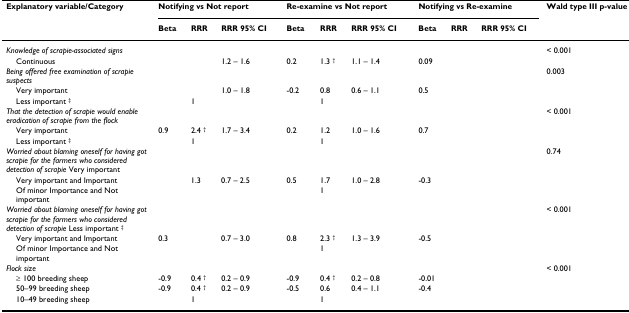
<table><thead><tr><td><b>Explanatory variable/Category</b></td><td colspan="3"><b>Notifying vs Not report</b></td><td colspan="3"><b>Re-examine vs Not report</b></td><td colspan="3"><b>Notifying vs Re-examine</b></td><td><b>Wald type III p-value</b></td></tr><tr><td>[EMPTY_CELL]</td><td><b>Beta</b></td><td><b>RRR</b></td><td><b>RRR 95% CI</b></td><td><b>Beta</b></td><td><b>RRR</b></td><td><b>RRR 95% CI</b></td><td><b>Beta</b></td><td><b>RRR</b></td><td><b>RRR 95% CI</b></td><td>[EMPTY_CELL]</td></tr></thead><tbody><tr><td><i>Knowledge of scrapie-associated signs</i></td><td>[EMPTY_CELL]</td><td>[EMPTY_CELL]</td><td>[EMPTY_CELL]</td><td>[EMPTY_CELL]</td><td>[EMPTY_CELL]</td><td>[EMPTY_CELL]</td><td>[EMPTY_CELL]</td><td>[EMPTY_CELL]</td><td>[EMPTY_CELL]</td><td>&lt; 0.001</td></tr><tr><td> Continuous</td><td>[EMPTY_CELL]</td><td>[EMPTY_CELL]</td><td>1.2 – 1.6</td><td>0.2</td><td>1.3 <sup>†</sup></td><td>1.1 – 1.4</td><td>0.09</td><td>[EMPTY_CELL]</td><td>[EMPTY_CELL]</td><td>[EMPTY_CELL]</td></tr><tr><td><i>Being offered free examination of scrapie suspects</i></td><td>[EMPTY_CELL]</td><td>[EMPTY_CELL]</td><td>[EMPTY_CELL]</td><td>[EMPTY_CELL]</td><td>[EMPTY_CELL]</td><td>[EMPTY_CELL]</td><td>[EMPTY_CELL]</td><td>[EMPTY_CELL]</td><td>[EMPTY_CELL]</td><td>0.003</td></tr><tr><td> Very important</td><td>[EMPTY_CELL]</td><td>[EMPTY_CELL]</td><td>1.0 – 1.8</td><td>-0.2</td><td>0.8</td><td>0.6 – 1.1</td><td>0.5</td><td>[EMPTY_CELL]</td><td>[EMPTY_CELL]</td><td>[EMPTY_CELL]</td></tr><tr><td> Less important <sup>‡</sup></td><td>[EMPTY_CELL]</td><td>1</td><td>[EMPTY_CELL]</td><td>[EMPTY_CELL]</td><td>1</td><td>[EMPTY_CELL]</td><td>[EMPTY_CELL]</td><td>[EMPTY_CELL]</td><td>[EMPTY_CELL]</td><td>[EMPTY_CELL]</td></tr><tr><td><i>That the detection of scrapie would enable eradication of scrapie from the flock</i></td><td>[EMPTY_CELL]</td><td>[EMPTY_CELL]</td><td>[EMPTY_CELL]</td><td>[EMPTY_CELL]</td><td>[EMPTY_CELL]</td><td>[EMPTY_CELL]</td><td>[EMPTY_CELL]</td><td>[EMPTY_CELL]</td><td>[EMPTY_CELL]</td><td>&lt; 0.001</td></tr><tr><td> Very important</td><td>0.9</td><td>2.4 <sup>†</sup></td><td>1.7 – 3.4</td><td>0.2</td><td>1.2</td><td>1.0 – 1.6</td><td>0.7</td><td>[EMPTY_CELL]</td><td>[EMPTY_CELL]</td><td>[EMPTY_CELL]</td></tr><tr><td> Less important <sup>‡</sup></td><td>[EMPTY_CELL]</td><td>1</td><td>[EMPTY_CELL]</td><td>[EMPTY_CELL]</td><td>1</td><td>[EMPTY_CELL]</td><td>[EMPTY_CELL]</td><td>[EMPTY_CELL]</td><td>[EMPTY_CELL]</td><td>[EMPTY_CELL]</td></tr><tr><td><i>Worried about blaming oneself for having got scrapie for the farmers who considered detection of scrapie </i>Very important</td><td>[EMPTY_CELL]</td><td>[EMPTY_CELL]</td><td>[EMPTY_CELL]</td><td>[EMPTY_CELL]</td><td>[EMPTY_CELL]</td><td>[EMPTY_CELL]</td><td>[EMPTY_CELL]</td><td>[EMPTY_CELL]</td><td>[EMPTY_CELL]</td><td>0.74</td></tr><tr><td> Very important and Important</td><td>[EMPTY_CELL]</td><td>1.3</td><td>0.7 – 2.5</td><td>0.5</td><td>1.7</td><td>1.0 – 2.8</td><td>-0.3</td><td>[EMPTY_CELL]</td><td>[EMPTY_CELL]</td><td>[EMPTY_CELL]</td></tr><tr><td> Of minor Importance and Not important</td><td>[EMPTY_CELL]</td><td>[EMPTY_CELL]</td><td>[EMPTY_CELL]</td><td>[EMPTY_CELL]</td><td>1</td><td>[EMPTY_CELL]</td><td>[EMPTY_CELL]</td><td>[EMPTY_CELL]</td><td>[EMPTY_CELL]</td><td>[EMPTY_CELL]</td></tr><tr><td><i>Worried about blaming oneself for having got scrapie for the farmers who considered detection of scrapie </i>Less important <sup>‡</sup></td><td>[EMPTY_CELL]</td><td>[EMPTY_CELL]</td><td>[EMPTY_CELL]</td><td>[EMPTY_CELL]</td><td>[EMPTY_CELL]</td><td>[EMPTY_CELL]</td><td>[EMPTY_CELL]</td><td>[EMPTY_CELL]</td><td>[EMPTY_CELL]</td><td>&lt; 0.001</td></tr><tr><td> Very important and Important</td><td>0.3</td><td>[EMPTY_CELL]</td><td>0.7 – 3.0</td><td>0.8</td><td>2.3 <sup>†</sup></td><td>1.3 – 3.9</td><td>-0.5</td><td>[EMPTY_CELL]</td><td>[EMPTY_CELL]</td><td>[EMPTY_CELL]</td></tr><tr><td> Of minor Importance and Not important</td><td>[EMPTY_CELL]</td><td>[EMPTY_CELL]</td><td>[EMPTY_CELL]</td><td>[EMPTY_CELL]</td><td>1</td><td>[EMPTY_CELL]</td><td>[EMPTY_CELL]</td><td>[EMPTY_CELL]</td><td>[EMPTY_CELL]</td><td>[EMPTY_CELL]</td></tr><tr><td><i>Flock size</i></td><td>[EMPTY_CELL]</td><td>[EMPTY_CELL]</td><td>[EMPTY_CELL]</td><td>[EMPTY_CELL]</td><td>[EMPTY_CELL]</td><td>[EMPTY_CELL]</td><td>[EMPTY_CELL]</td><td>[EMPTY_CELL]</td><td>[EMPTY_CELL]</td><td>&lt; 0.001</td></tr><tr><td> ≥ 100 breeding sheep</td><td>-0.9</td><td>0.4 <sup>†</sup></td><td>0.2 – 0.9</td><td>-0.9</td><td>0.4 <sup>†</sup></td><td>0.2 – 0.8</td><td>-0.01</td><td>[EMPTY_CELL]</td><td>[EMPTY_CELL]</td><td>[EMPTY_CELL]</td></tr><tr><td> 50–99 breeding sheep</td><td>-0.9</td><td>0.4 <sup>†</sup></td><td>0.2 – 0.9</td><td>-0.5</td><td>0.6</td><td>0.4 – 1.1</td><td>-0.4</td><td>[EMPTY_CELL]</td><td>[EMPTY_CELL]</td><td>[EMPTY_CELL]</td></tr><tr><td> 10–49 breeding sheep</td><td>[EMPTY_CELL]</td><td>1</td><td>[EMPTY_CELL]</td><td>[EMPTY_CELL]</td><td>1</td><td>[EMPTY_CELL]</td><td>[EMPTY_CELL]</td><td>[EMPTY_CELL]</td><td>[EMPTY_CELL]</td><td>[EMPTY_CELL]</td></tr></tbody></table>